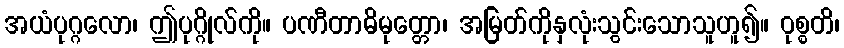
အယံပုဂ္ဂလော၊ ဤပုဂ္ဂိုလ်ကို။ ပဏီတာဓိမုတ္တော၊ အမြတ်ကိုနှလုံးသွင်းသောသူဟူ၍။ ဝုစ္စတိ၊